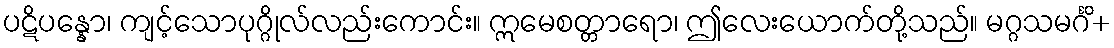
ပဋိပန္နော၊ ကျင့်သောပုဂ္ဂိုလ်လည်းကောင်း။ ဣမေစတ္တာရော၊ ဤလေးယောက်တို့သည်။ မဂ္ဂသမင်္ဂိ+